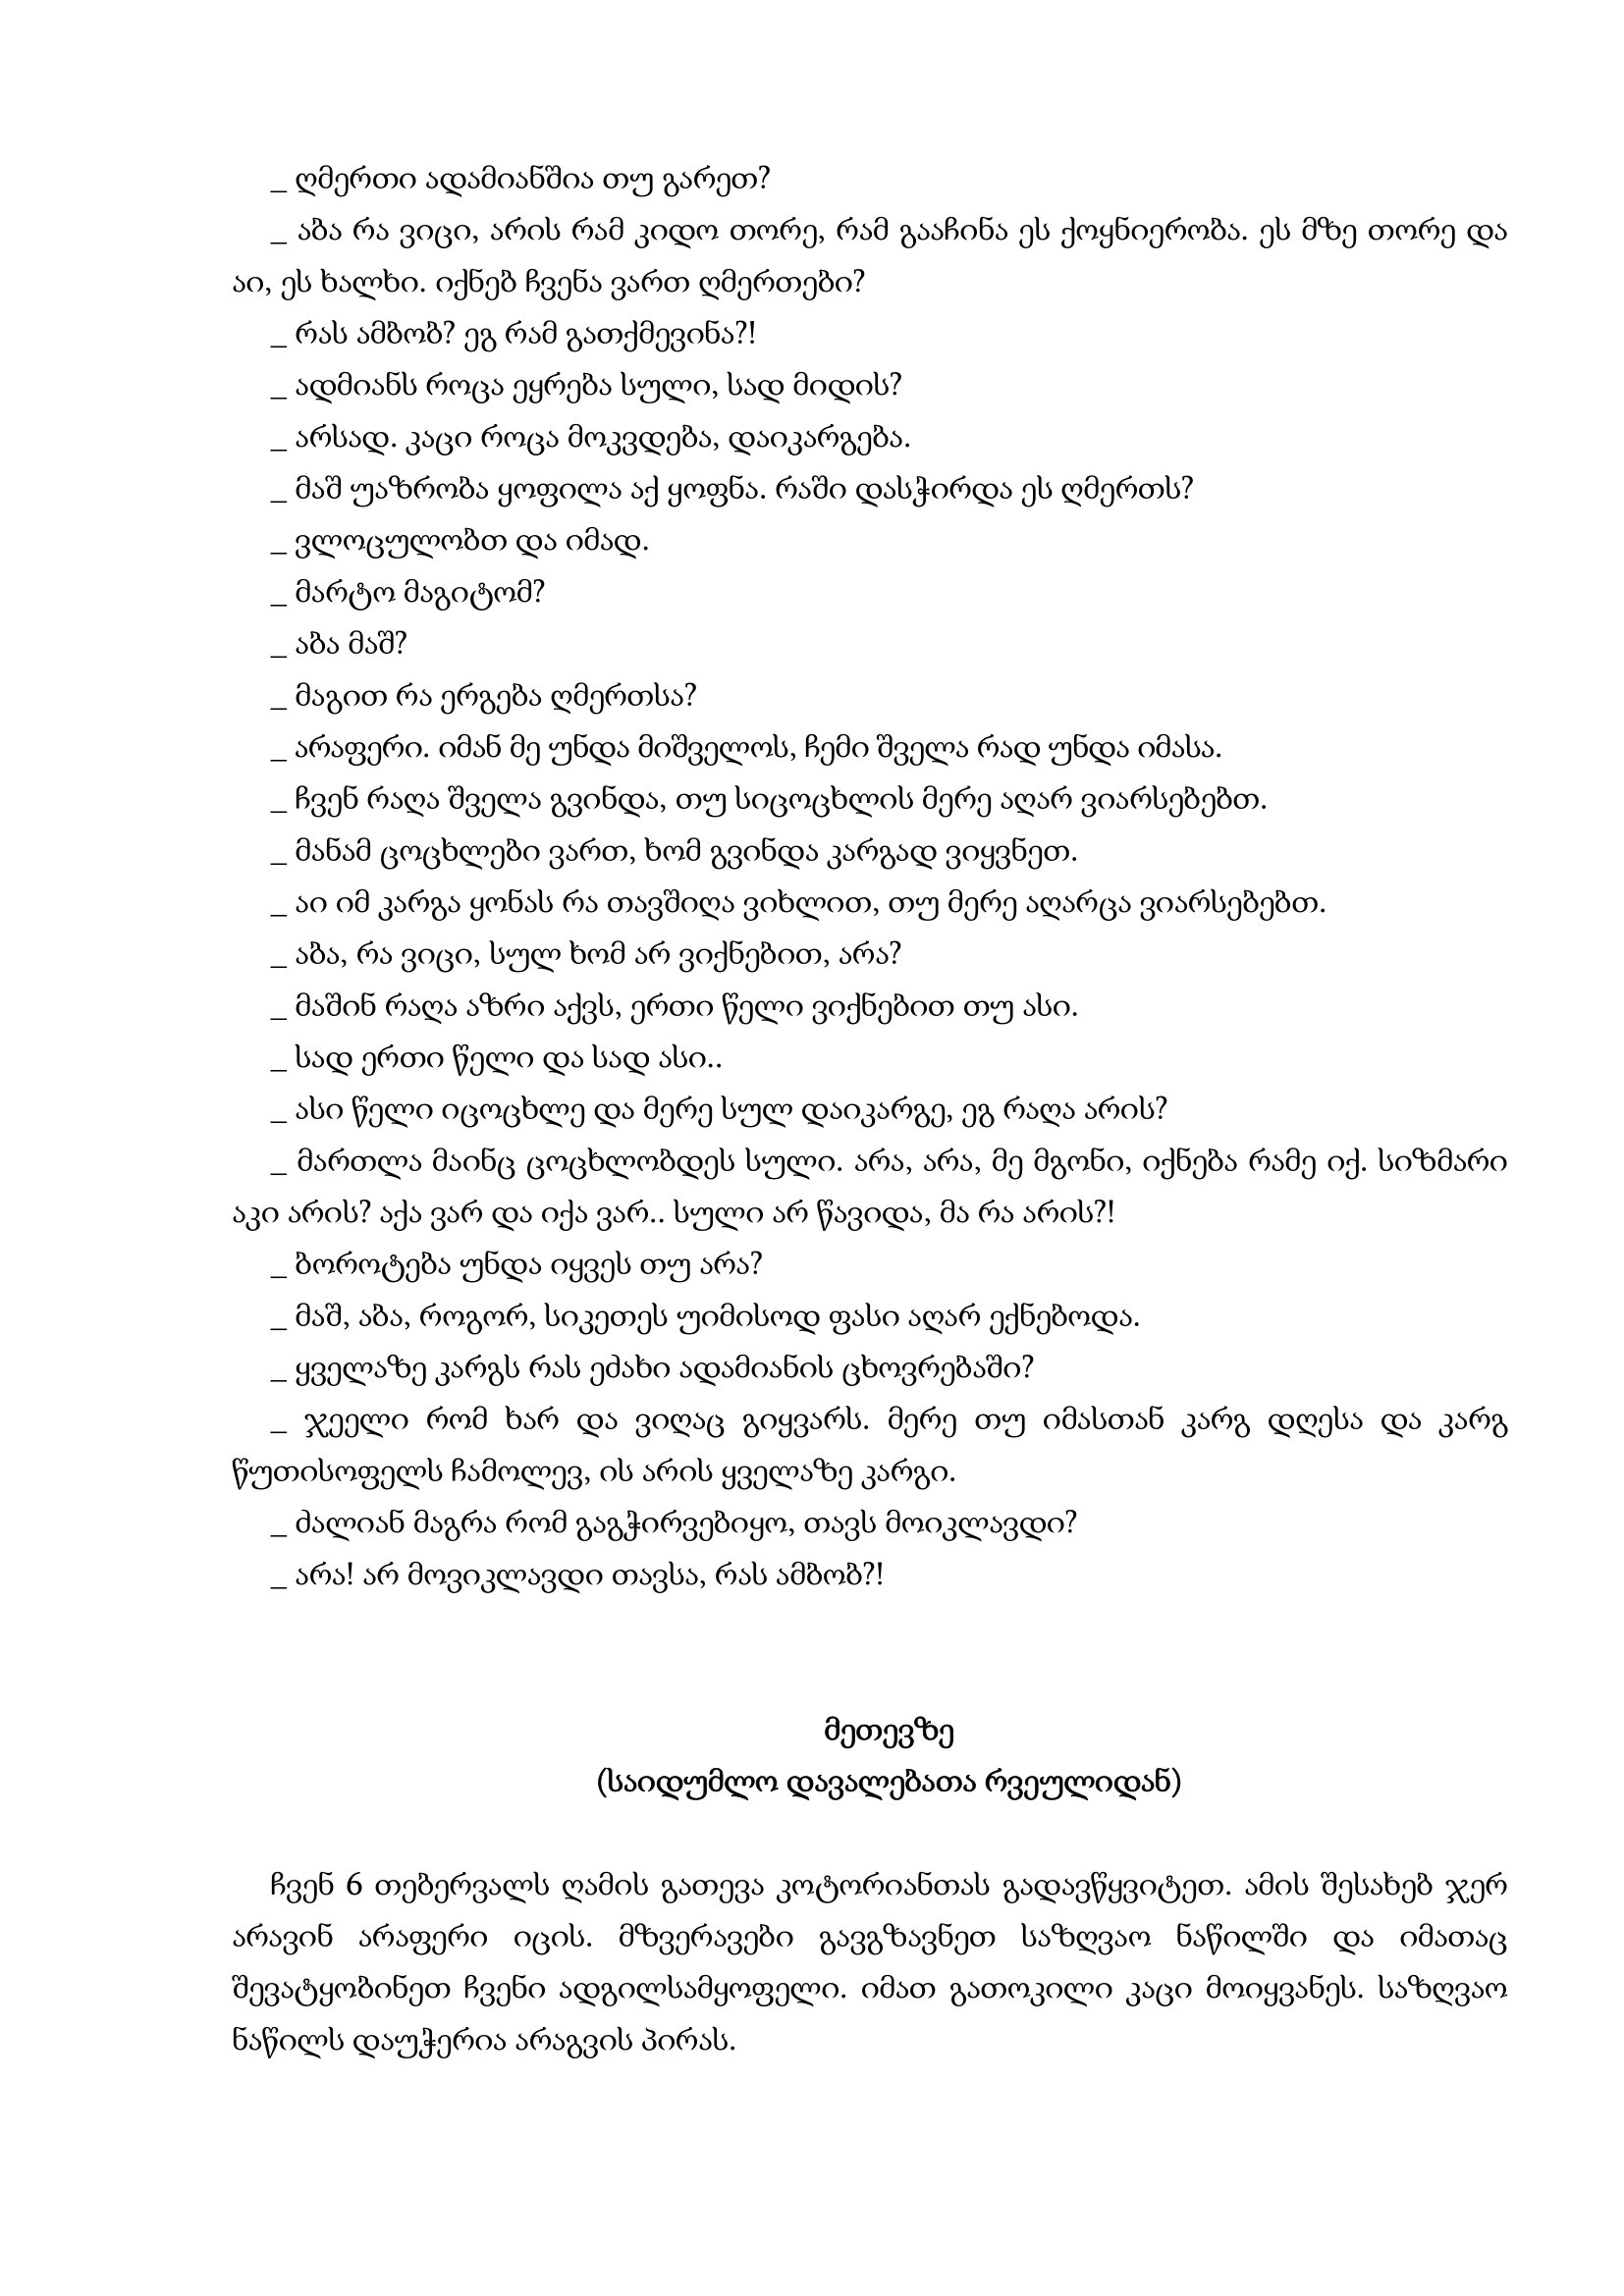
Language: gr